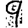
Digit: 9